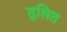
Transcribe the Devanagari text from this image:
तुलित